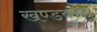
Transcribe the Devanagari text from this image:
खण्डयुक्त